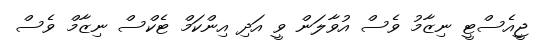
ޖީއެސްޓީ ނިޒާމު ވެސް އުވާލަން ވީ އަދި އިންކަމް ޓެކްސް ނިޒާމް ވެސް